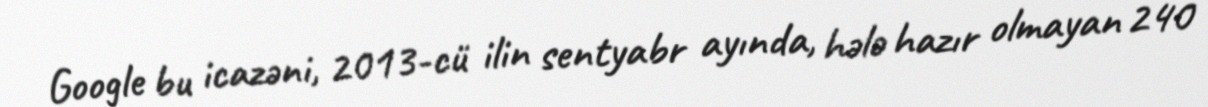
Google bu icazəni, 2013-cü ilin sentyabr ayında, hələ hazır olmayan 240